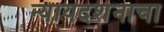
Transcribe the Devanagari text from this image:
न्यायदर्शनाचा